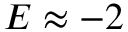
E \approx - 2